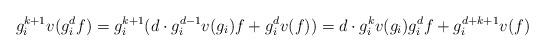
LaTeX: \begin{align*}g_i^{k+1}v(g_i^df) = g_i^{k+1}(d\cdot g_i^{d-1}v(g_i)f + g_i^dv(f)) = d\cdot g_i^kv(g_i)g_i^df + g_i^{d+k+1}v(f) \end{align*}